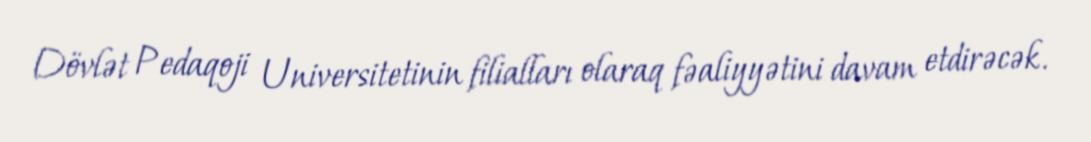
Dövlət Pedaqoji Universitetinin filialları olaraq fəaliyyətini davam etdirəcək.